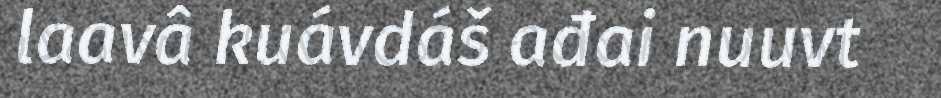
laavâ kuávdáš ađai nuuvt